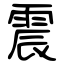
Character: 震